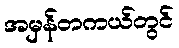
အမှန်တကယ်တွင်